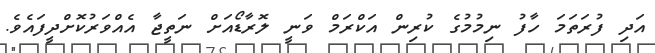
އަދި ފުރަތަމަ ހާފު ނިމުމުގެ ކުރިން އަކްރަމް ވަނީ ލޮރާޑޯއަށް ނަތީޖާ އެއްވަރުކޮށްދީފައެވެ.